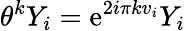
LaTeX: \theta^{k}Y_{i}=\mathrm{e}^{2i\pi kv_{i}}Y_{i}